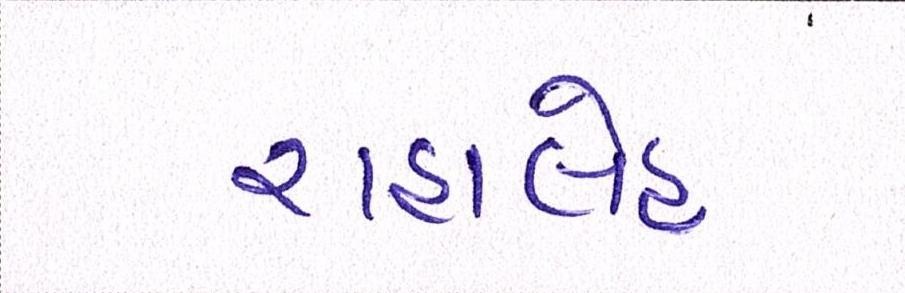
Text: રાહાલેહ